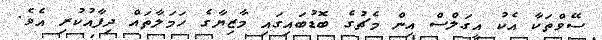
ސޭވްތަކާ އެކު އީގަލްސް އިން މެޗުގެ ބޮޑުބައިގައި މާޒިޔާގެ ހަމަލާތައް ދިފާއުކުރި އެވެ.